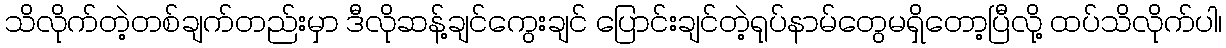
သိလိုက်တဲ့တစ်ချက်တည်းမှာ ဒီလိုဆန့်ချင်ကွေးချင် ပြောင်းချင်တဲ့ရုပ်နာမ်တွေမရှိတော့ပြီလို့ ထပ်သိလိုက်ပါ၊